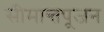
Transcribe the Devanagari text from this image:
सीमान्तपूजन